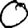
Digit: 0